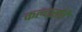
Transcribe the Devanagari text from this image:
कल्चर्सचे